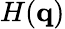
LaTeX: H(\mathbf{q})